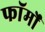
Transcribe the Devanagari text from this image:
फाॅर्मों